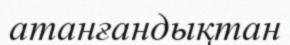
атанғандықтан